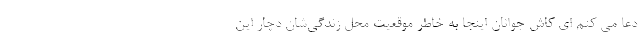
دعا می کنم ای کاش جوانان اینجا به خاطر موقعیت محل زندگی‌شان دچار این